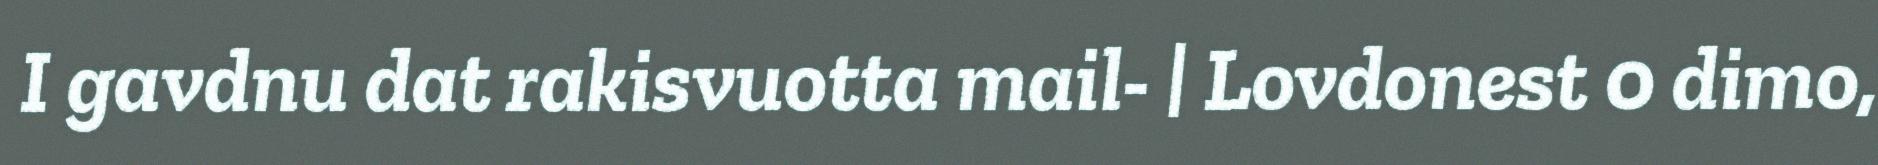
I gavdnu dat rakisvuotta mail- | Lovdonest 0 dimo,